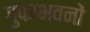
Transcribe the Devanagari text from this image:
गुफाभवनों